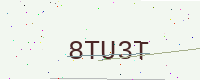
Text: 8TU3T